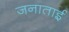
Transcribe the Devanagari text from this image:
जनाताई